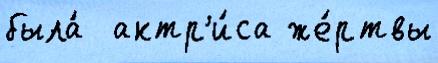
была́  актр'и́са же́ртвы